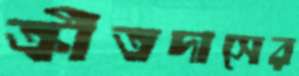
ক্রীতদাসের